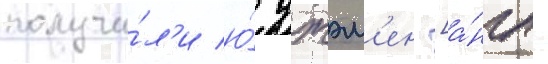
получи́л'и ю́ джэм'ен [а́нгл.